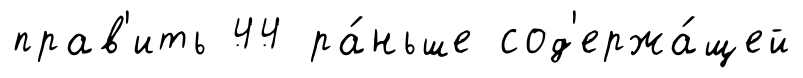
прав'ить 44 ра́ньше сод'ержа́щей